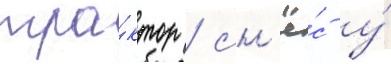
тра́ктор / сн'ё́с у́